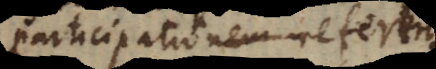
participationem referendam.